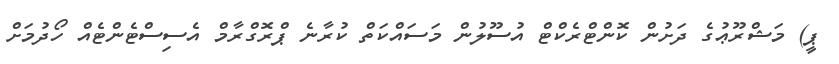
ޕީ) މަޝްރޫޢުގެ ދަށުން ކޮންޓްރެކްޓް އުސޫލުން މަސައްކަތް ކުރާނެ ޕްރޮގްރާމް އެސިސްޓެންޓެއް ހޯދުމަށް